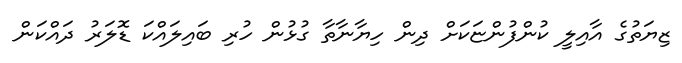
ޒިޔަތުގެ އާއިލީ ކުންފުންޏަކަށް ދިން ހިޔާނާތާ ގުޅުން ހުރި ބައިލައްކަ ޑޮލަރު ދައްކަން